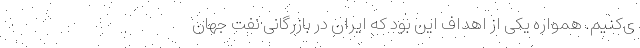
ی‌کنیم. همواره یکی از اهداف این بود که ایران در بازرگانی نفت جهان